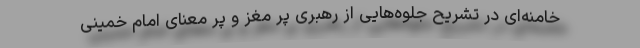
خامنه‌ای در تشریح جلوه‌هایی از رهبری پُر مغز و پُر معنای امام خمینی